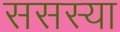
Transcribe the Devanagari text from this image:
ससस्या